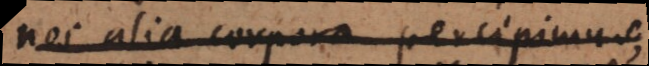
nos alia corpora percipimus,